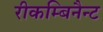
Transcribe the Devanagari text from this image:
रीकम्बिनैन्ट